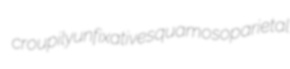
croupily unfixative squamosoparietal